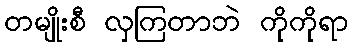
တမျိုးစီ လှကြတာဘဲ ကိုကိုရာ